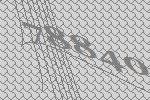
78840